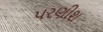
પરણીશ